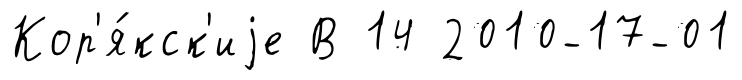
Кор'я́кск'иjе В 14 2010-17-01